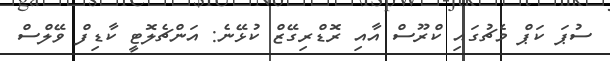
ސުޕަ ކަޕް މެޗުގައި ކްރޫސް އާއި ރޮޑްރިގޭޒް ކުޅޭނެ: އަންޗެލޮޓީ ކާޑިފް ވޭލްސް